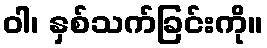
ဝါ၊ နှစ်သက်ခြင်းကို။